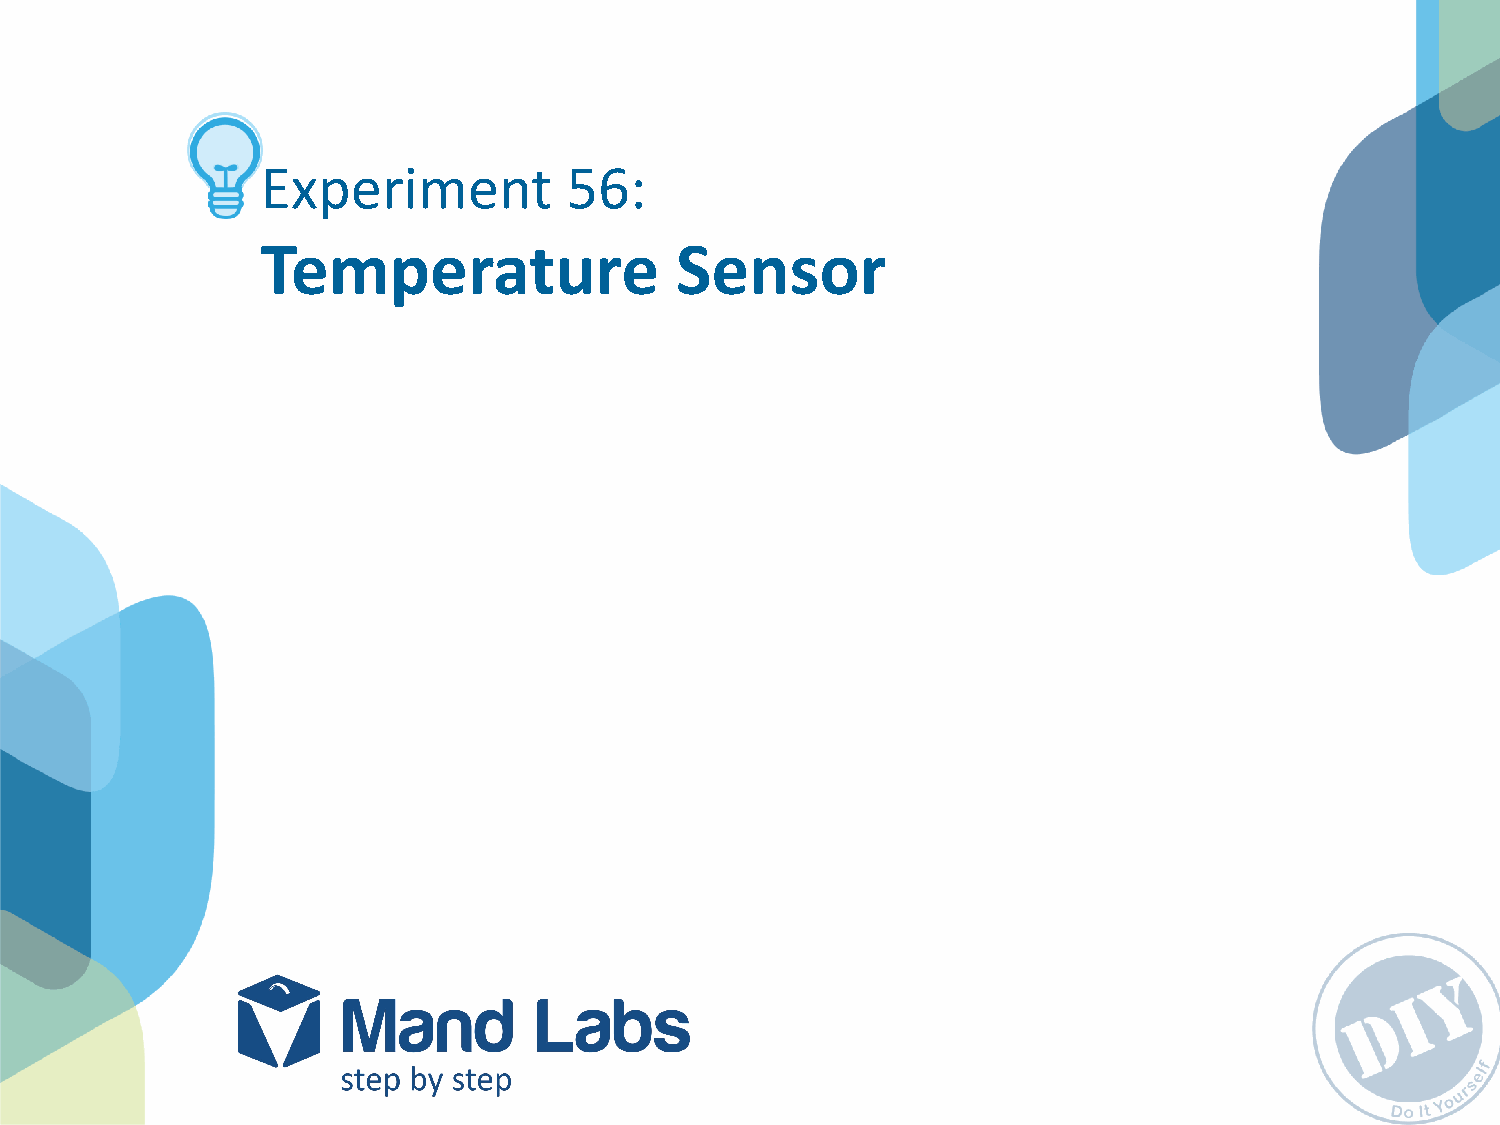
Experiment           56:
 Temperature                 Sensor